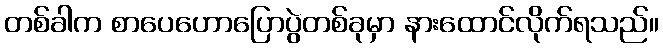
တစ်ခါက စာပေဟောပြောပွဲတစ်ခုမှာ နားထောင်လိုက်ရသည်။